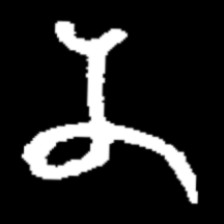
Pyu character \u2014 Myanmar letter: န (romanized: na)